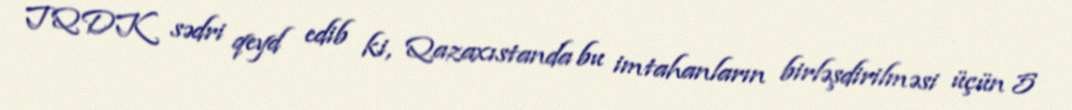
TQDK sədri qeyd edib ki, Qazaxıstanda bu imtahanların birləşdirilməsi üçün 5